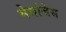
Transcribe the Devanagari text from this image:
मेसांजेस